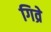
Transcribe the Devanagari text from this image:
गिव्रे